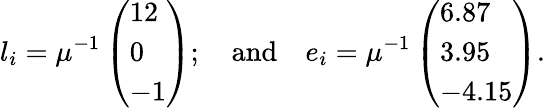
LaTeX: l_{i}=\mu^{-1}\left(\begin{array}{l}{{12}}\\ {{0}}\\ {{-1}}\end{array}\right);~~~~\mathrm{and}~~~~e_{i}=\mu^{-1}\left(\begin{array}{l}{{6.87}}\\ {{3.95}}\\ {{-4.15}}\end{array}\right).